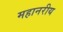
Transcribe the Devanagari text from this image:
महानरीय